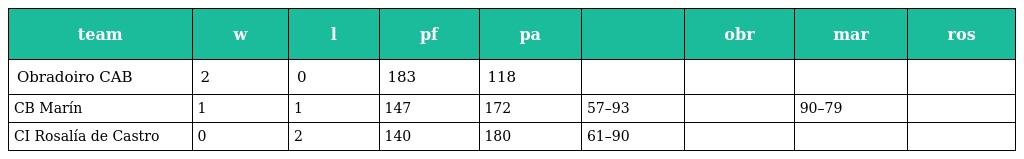
| team | w | l | pf | pa |  | obr | mar | ros |
 | --- | --- | --- | --- | --- | --- | --- | --- | --- |
 | Obradoiro CAB | 2 | 0 | 183 | 118 |  |  |  |  |
 | CB Marín | 1 | 1 | 147 | 172 | 57–93 |  | 90–79 |  |
 | CI Rosalía de Castro | 0 | 2 | 140 | 180 | 61–90 |  |  |  |